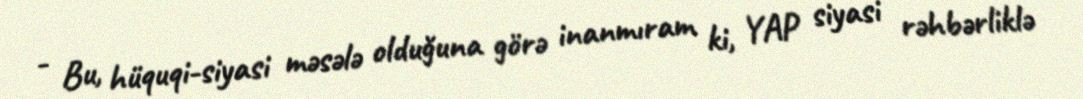
- Bu, hüquqi-siyasi məsələ olduğuna görə inanmıram ki, YAP siyasi rəhbərliklə